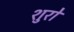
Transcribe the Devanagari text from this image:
शुरो